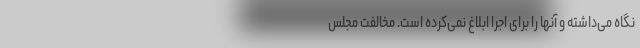
نگاه می‌داشته و آنها را برای اجرا ابلاغ نمی‌کرده است. مخالفت مجلس